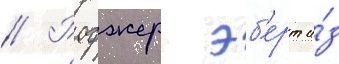
// Роджер эб'ерт и́з